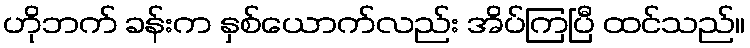
ဟိုဘက် ခန်းက နှစ်ယောက်လည်း အိပ်ကြပြီ ထင်သည်။